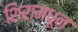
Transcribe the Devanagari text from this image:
शिरामधून